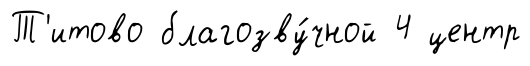
Т'итово благозву́чной 4 центр